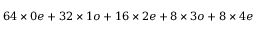
6 4 \times 0 e + 3 2 \times 1 o + 1 6 \times 2 e + 8 \times 3 o + 8 \times 4 e